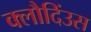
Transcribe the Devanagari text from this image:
क्लौदिंउस